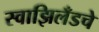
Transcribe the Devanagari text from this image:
स्वाझिलँडचे